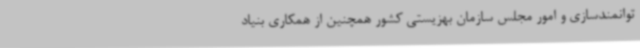
توانمندسازی و امور مجلس سازمان بهزیستی کشور همچنین از همکاری بنیاد